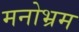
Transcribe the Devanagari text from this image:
मनोभ्रम